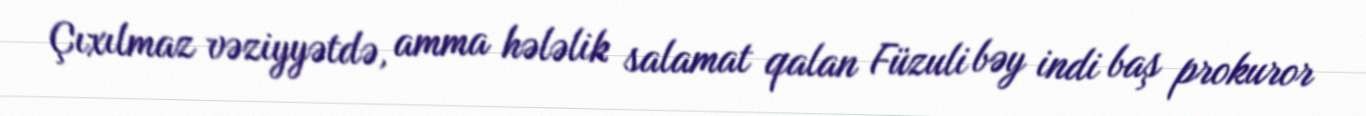
Çıxılmaz vəziyyətdə, amma hələlik salamat qalan Füzuli bəy indi baş prokuror